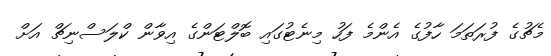
މެޗުގެ ފުރަތަމަ ހާފުގެ އެންމެ ފަހު މިނެޓުގައި ބޮލްޓަންގެ އިވާން ކްލަސްނިޗް އަށް